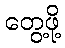
တွေ့ဖို့